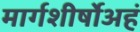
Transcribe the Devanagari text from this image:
मार्गशीर्षोअहं